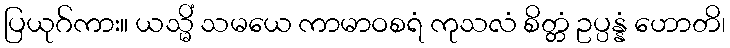
ပြယုဂ်ကား။ ယသ္မိံ သမယေ ကာမာဝစရံ ကုသလံ စိတ္တံ ဥပ္ပန္နံ ဟောတိ၊